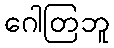
ဂေါတြဘူ